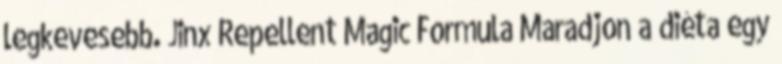
legkevesebb. Jinx Repellent Magic Formula Maradjon a diéta egy